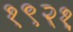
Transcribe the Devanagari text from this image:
१९२१़